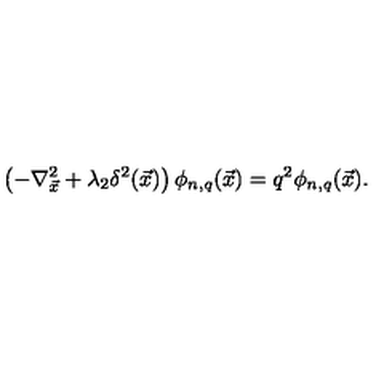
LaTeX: \left( - \nabla _ { \vec { x } } ^ { 2 } + \lambda _ { 2 } \delta ^ { 2 } ( { \vec { x } } ) \right) \phi _ { n , q } ( { \vec { x } } ) = q ^ { 2 } \phi _ { n , q } ( { \vec { x } } ) .